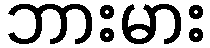
ဘားမား